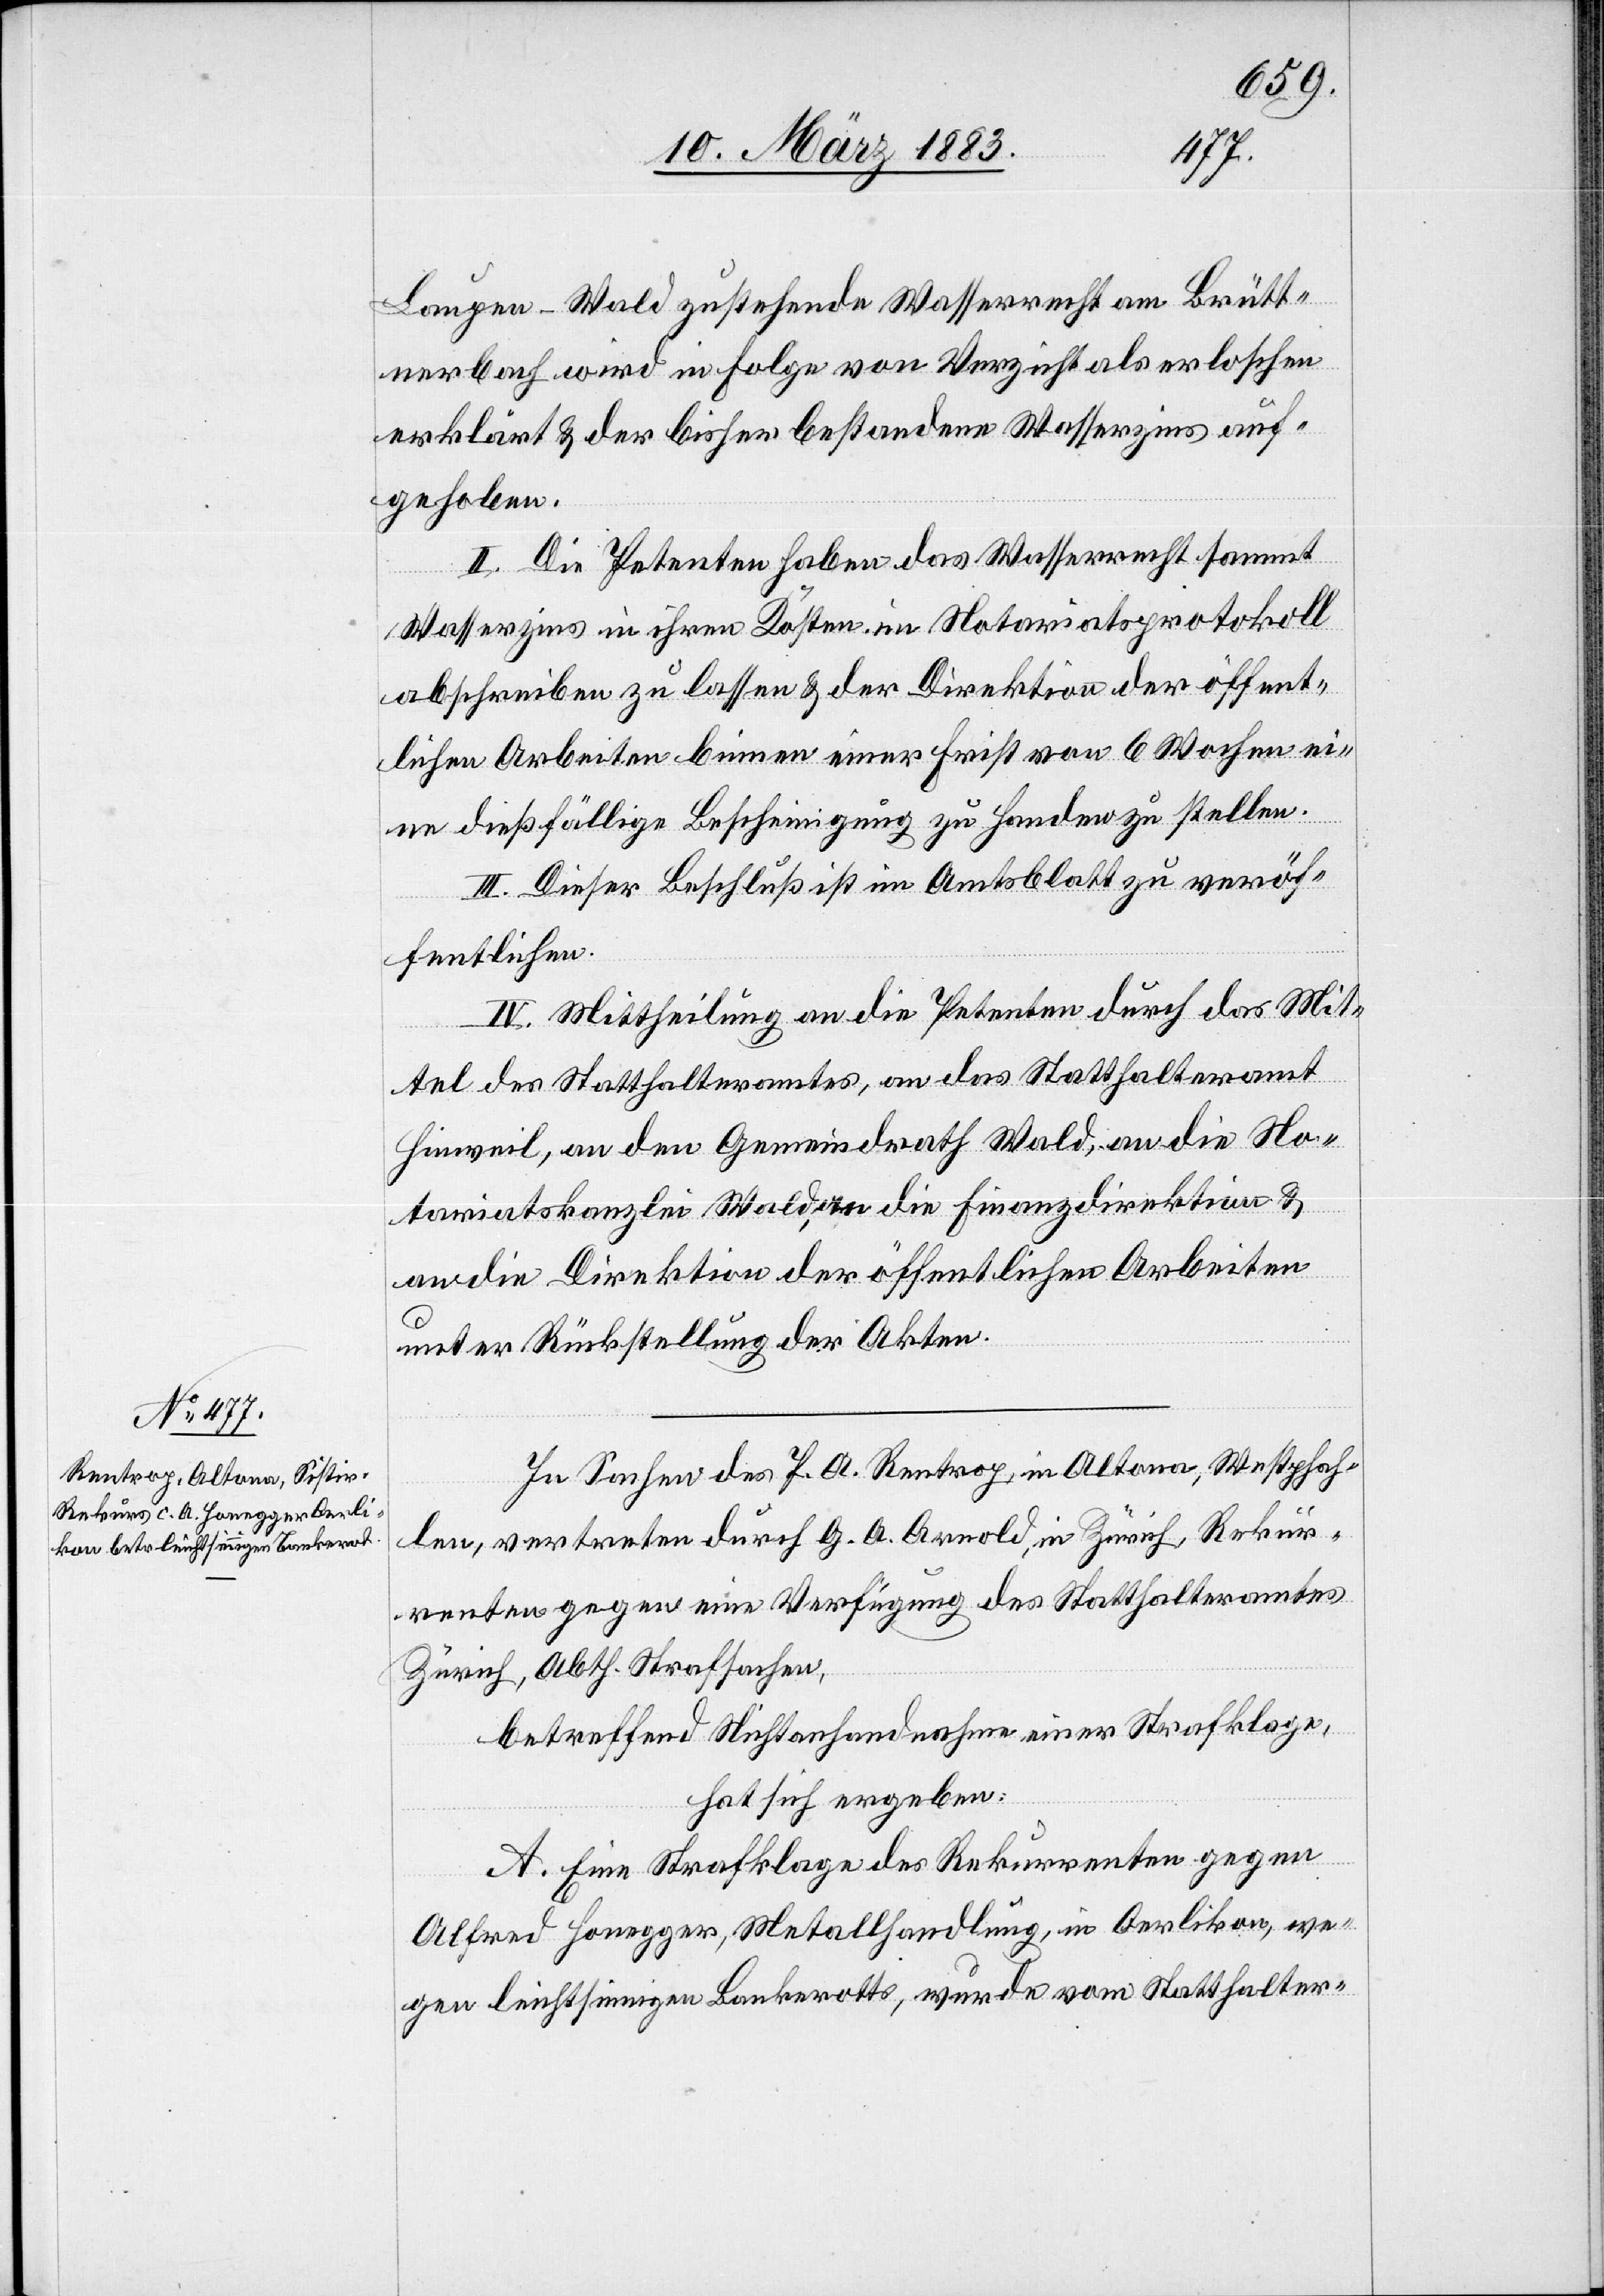
wurden
Mittel des Statthalteramtes, an die Herren Pfister
an die Direktion der öffentlichen Arbeiten
unter Rückstellung der Akten.
vom
Brunner,
hat sich ergeben: